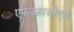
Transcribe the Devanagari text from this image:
एफआरबीएम